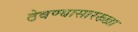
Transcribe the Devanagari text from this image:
ठेवण्यासारख्खा